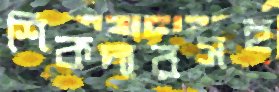
শিকদারসহ